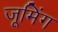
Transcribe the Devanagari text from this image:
जूमिंग